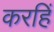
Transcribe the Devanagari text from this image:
करहिं